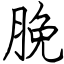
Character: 脕